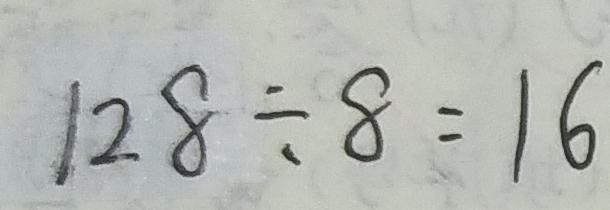
1 2 8 \div 8 = 1 6